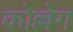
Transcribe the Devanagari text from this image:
कोल्लेग